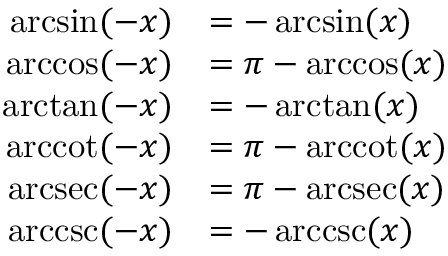
{ \begin{array} { r l } { \arcsin ( - x ) } & { = - \arcsin ( x ) } \\ { \operatorname { a r c c o s } ( - x ) } & { = \pi - \operatorname { a r c c o s } ( x ) } \\ { \arctan ( - x ) } & { = - \arctan ( x ) } \\ { \operatorname { a r c c o t } ( - x ) } & { = \pi - \operatorname { a r c c o t } ( x ) } \\ { \operatorname { a r c s e c } ( - x ) } & { = \pi - \operatorname { a r c s e c } ( x ) } \\ { \operatorname { a r c c s c } ( - x ) } & { = - \operatorname { a r c c s c } ( x ) } \end{array} }